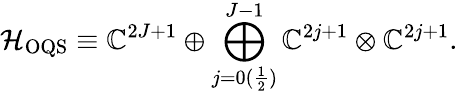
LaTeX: \mathcal{H}_{\mathrm{OQS}}\equiv\mathbb{C}^{2J+1}\oplus\bigoplus_{j=0(\frac{1}{2})}^{J-1}\mathbb{C}^{2j+1}\otimes\mathbb{C}^{2j+1}.